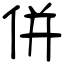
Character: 併